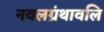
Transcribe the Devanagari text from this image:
नवलग्रंथावलि